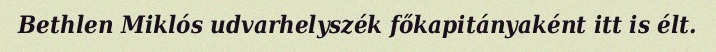
Bethlen Miklós udvarhelyszék főkapitányaként itt is élt.